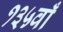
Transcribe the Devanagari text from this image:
१३५वाँ